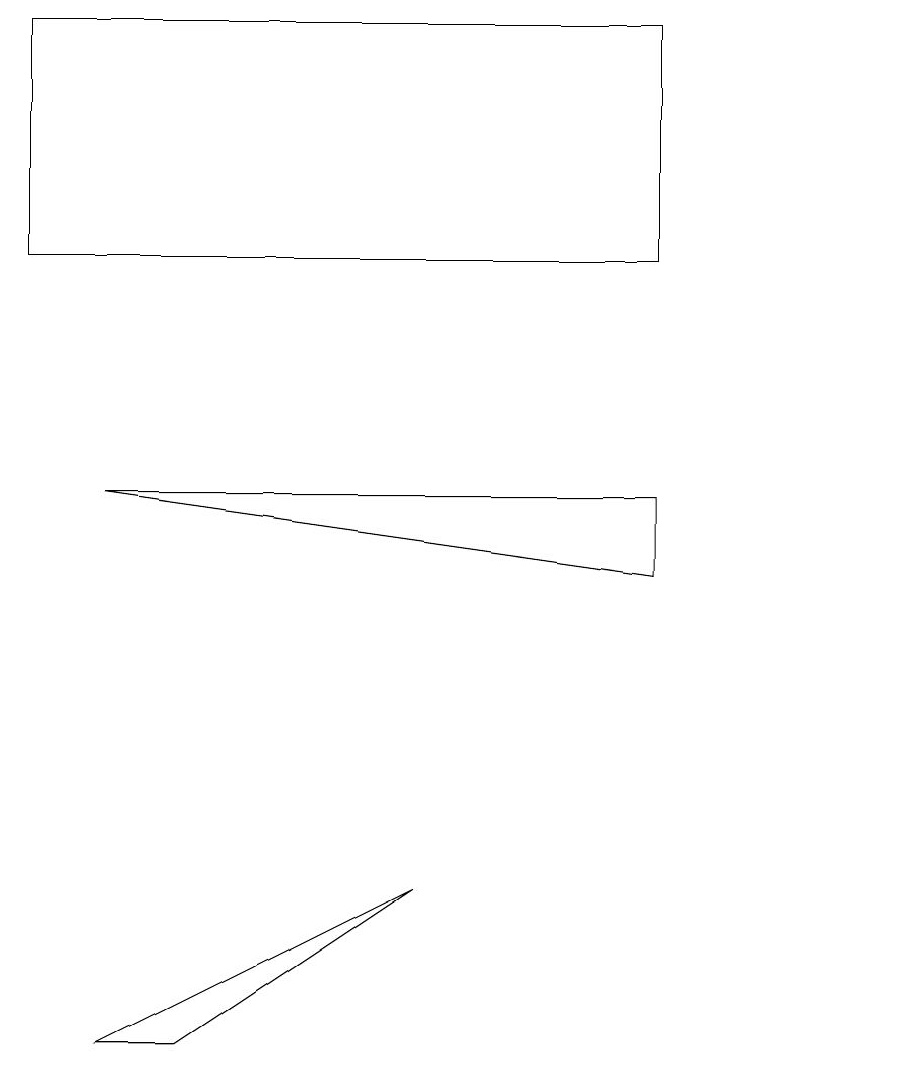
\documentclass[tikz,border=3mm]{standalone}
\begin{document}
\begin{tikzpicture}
\draw (8,7) -- (8,6) -- (1,7) -- cycle;
\draw (8,13) rectangle (0,10);
\draw (11,12) circle (0);
\draw (2,0) -- (1,0) -- (5,2) -- cycle;
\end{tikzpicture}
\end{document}